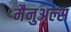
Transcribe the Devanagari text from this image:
मैनुअल्स